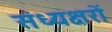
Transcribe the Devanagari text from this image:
संध्यक्षरों